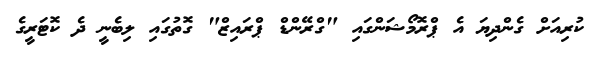
ކުރިއަށް ގެންދިޔަ އެ ޕްރޮމޯޝަންގައި "ގްރޭންޑް ޕްރައިޒް" ގޮތުގައި ލިބެނީ ދެ ކޮޓަރީގެ